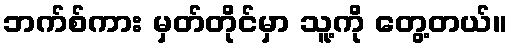
ဘက်စ်ကား မှတ်တိုင်မှာ သူ့ကို တွေ့တယ်။